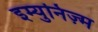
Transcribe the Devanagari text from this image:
इम्युनिज़्म